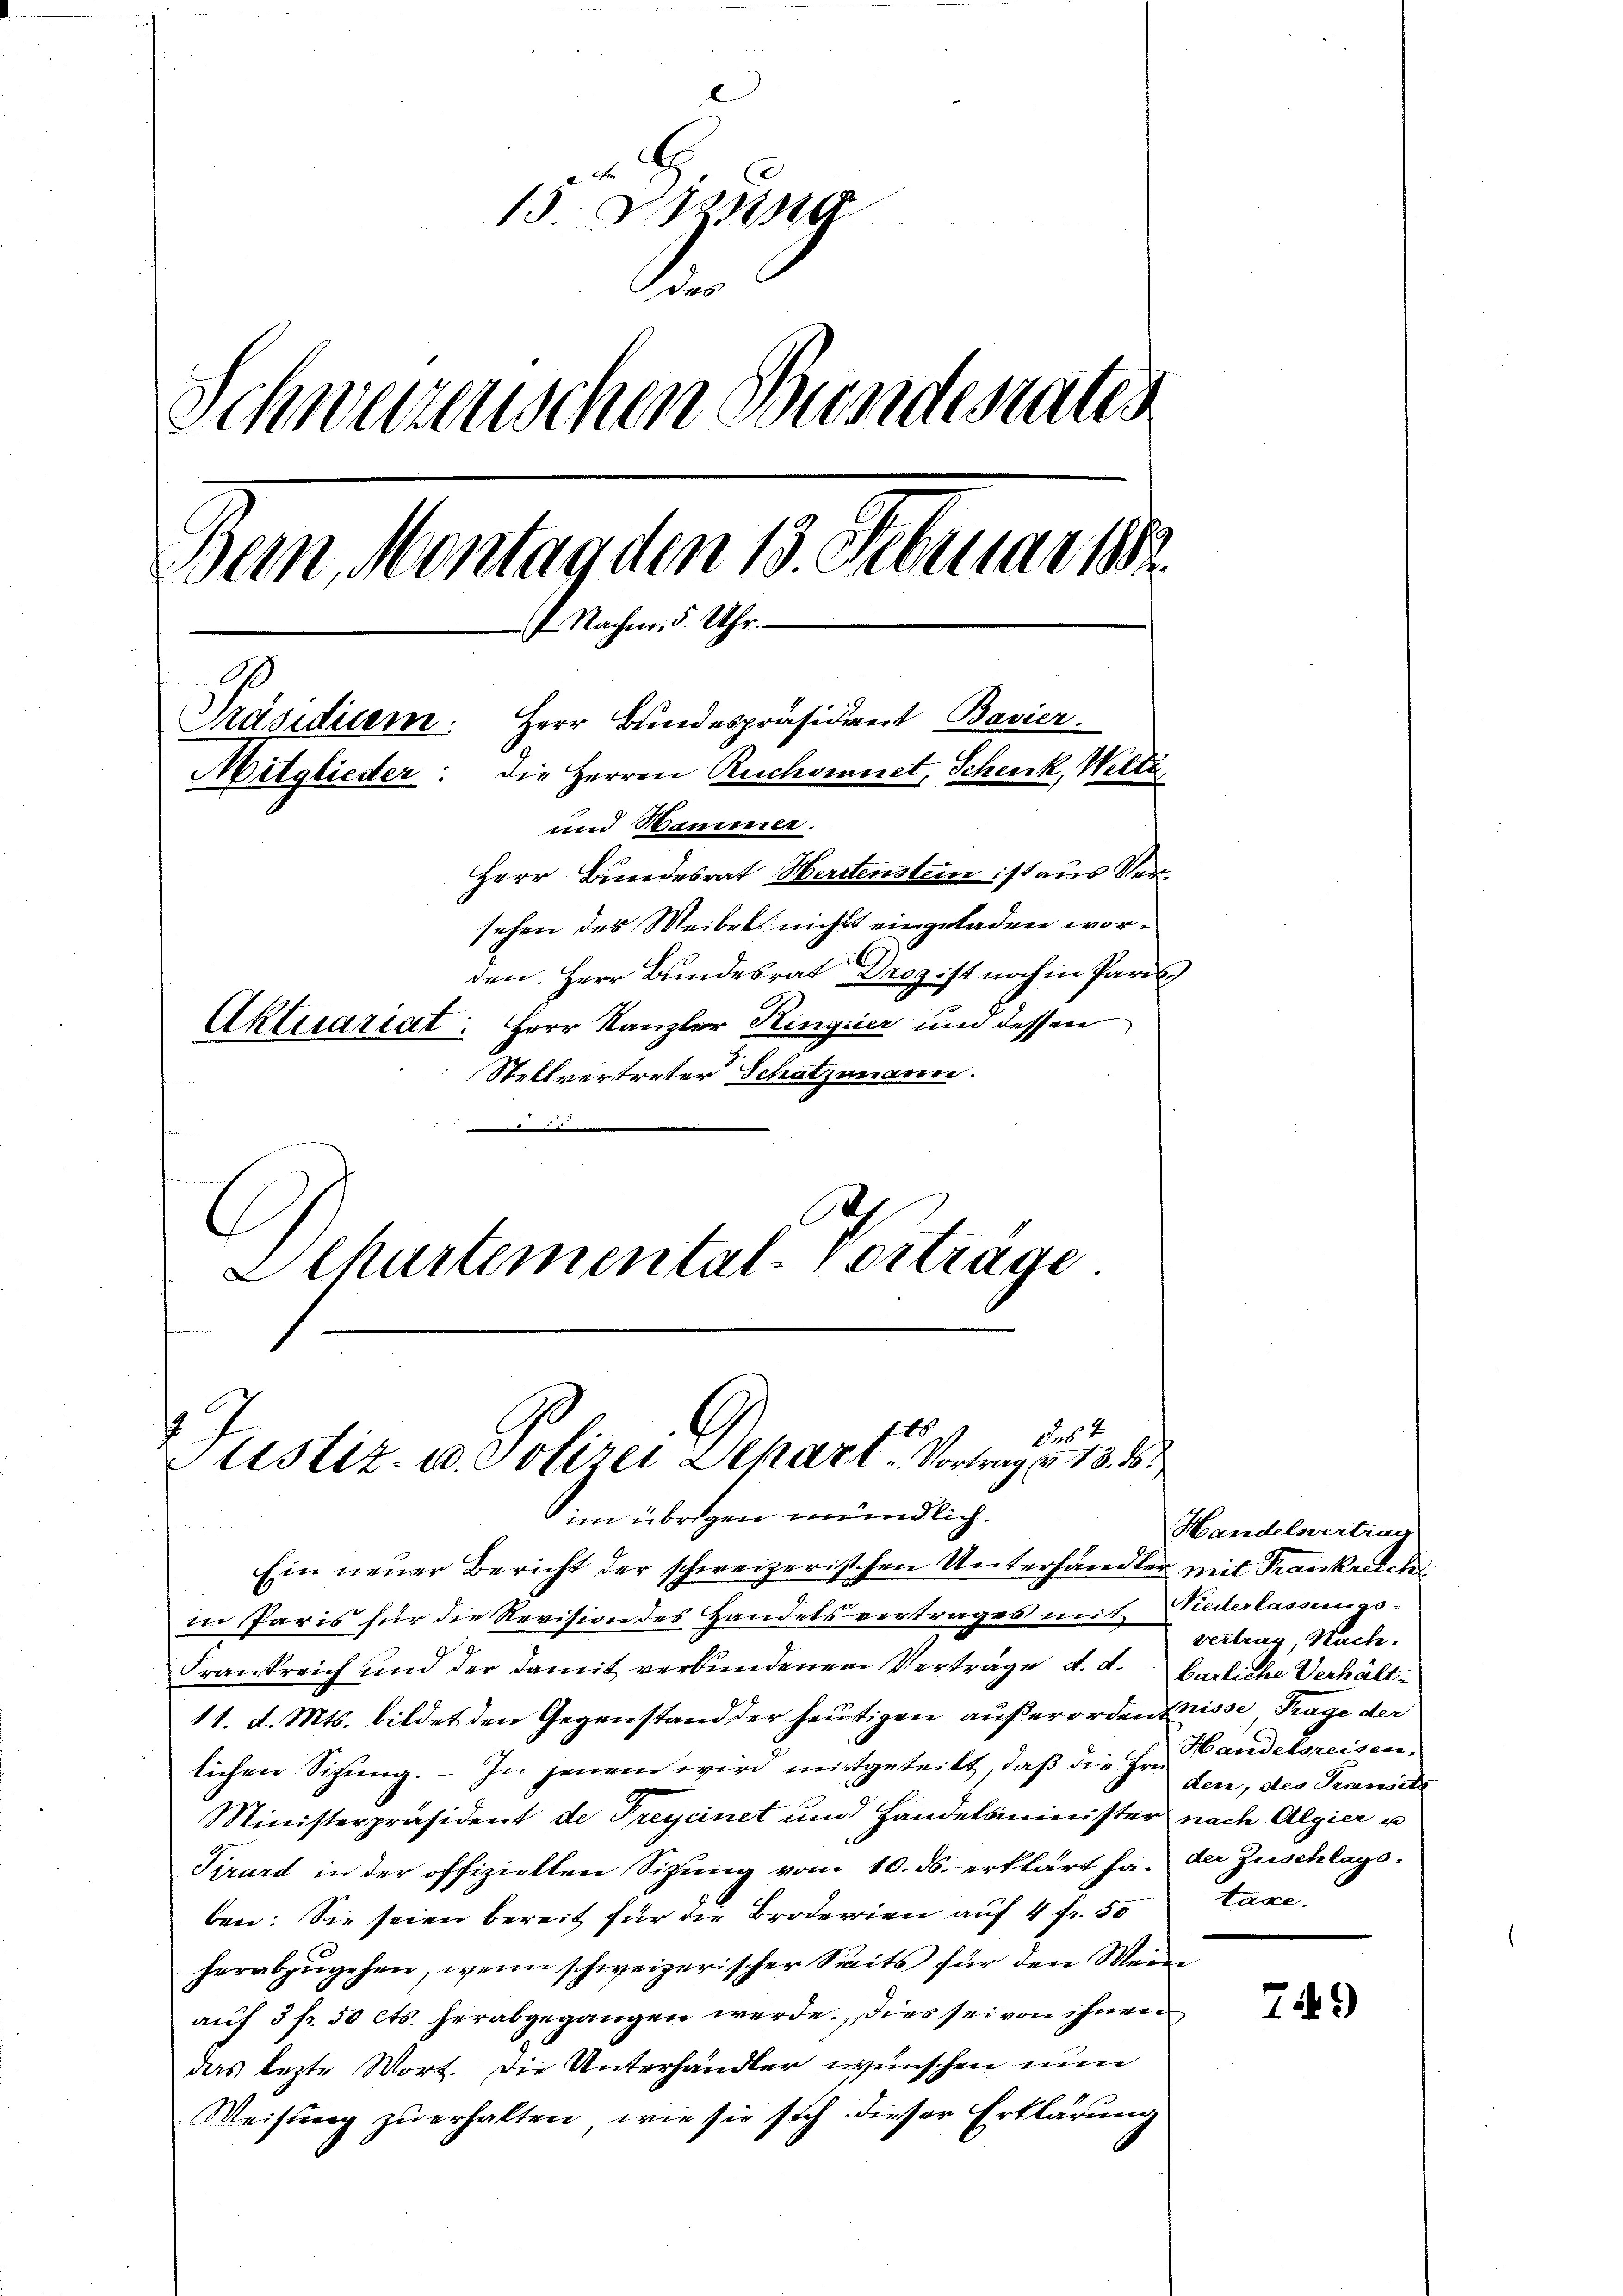
15. Sing
r
Schweizerischen Bundesrates
Bern, Montag den 13. Februar 1882
7 Nachm. 5. Uhr.
Präsidicem. Herr Bundespräsidiert Bavier
Mitglieder: die Herren Ruchoignet, Schenk, Welti
und Hammer.
Herr Bundesrat Herstenstein ist aus Versehen des Weibel nicht eingeladen worden. Herr Bundesrat Droz ist noch in Paris
Aktuariat: Herr Kanzler Ringier und dessen

Stellvertreter Schatzmann.
d
LChartemental-Vortrage

f. 18.
15 x
Justiz- u. Polizei Depart Vortrag u. 13. 15

im übrigen mündlich.
Ein neuer Bericht der schweizerischen Unterhändler mit Trankreich
in Paris für die Revision des Handels vertrages mit Niederlassungs-
Frankreich und der damit verbundenen Vertrage d. d. Endliche Verhält¬
11. d. Mts. bildet den Gegenstand der heutigen außerordentnisse Trage der
lichen Sizung. – In jenem wird mitgeteilt, daß die Hr. Pandelsreisen¬
Ministerpräsident de Freycinet und Handelsminister nach Algier u
Sirard in der offizielten Sitzung vom 10. ds. erklärt ha. der Zuschlagsben: Sie seien bereit für die Broderien auf 4 fr. 50
herabzŭgehen, wenn schweizerischer Seits für den Mein
aŭf 3 fr. 50 cts. herabgegangen werde. Dies sei von ihnen
das lezte Wort. Die Unterhandler wünschen nun
Weisŭng zŭ erhalten, wie sie sich dieser Erklärung

Handelsvertrag
vertrag, Nache.
den, des Transetz
taxe.

75)